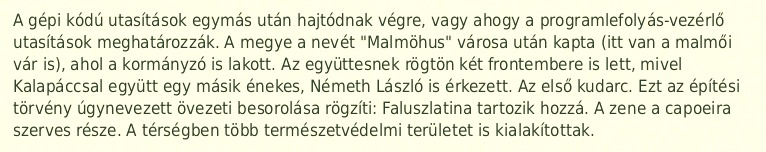
A gépi kódú utasítások egymás után hajtódnak végre, vagy ahogy a programlefolyás-vezérlő utasítások meghatározzák. A megye a nevét "Malmöhus" városa után kapta (itt van a malmői vár is), ahol a kormányzó is lakott. Az együttesnek rögtön két frontembere is lett, mivel Kalapáccsal együtt egy másik énekes, Németh László is érkezett. Az első kudarc. Ezt az építési törvény úgynevezett övezeti besorolása rögzíti: Faluszlatina tartozik hozzá. A zene a capoeira szerves része. A térségben több természetvédelmi területet is kialakítottak.